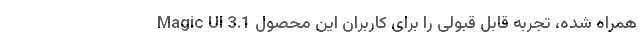
Magic UI 3.1 همراه شده، تجربه قابل قبولی را برای کاربران این محصول